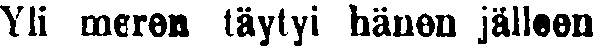
Yli meren täytyi hauen jälleen